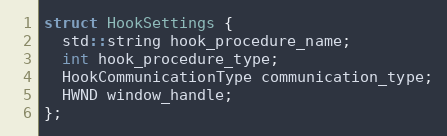
Language: C
struct HookSettings {
  std::string hook_procedure_name;
  int hook_procedure_type;
  HookCommunicationType communication_type;
  HWND window_handle;
};